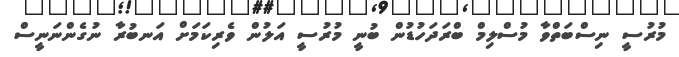
މުރުސީ ނިސްބަތްވާ މުސްލިމް ބްރަދަހުޑުން ބުނީ މުރުސީ އަލުން ވެރިކަމަށް އަނބުރާ ނުގެންނަނީސް